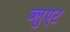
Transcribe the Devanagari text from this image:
ब्लुएट